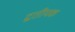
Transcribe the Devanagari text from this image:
द्वतीयक